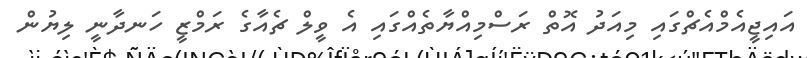
އައިޖީއެމްއެޗްގައި މިއަދު އޮތް ރަސްމިއްޔާތެއްގައި އެ ވީލް ޗެއާގެ ރަމްޒީ ހަނދާނީ ލިޔުން